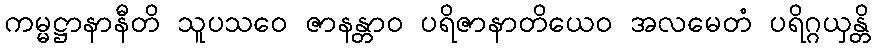
ကမ္မဋ္ဌာနာနီတိ သူပသဝေ ဇာနန္တာဝ ပရိဇာနာတိယေဝ အလမေတံ ပရိဂ္ဂယှန္တိ